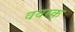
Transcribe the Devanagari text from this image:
वयस्क्